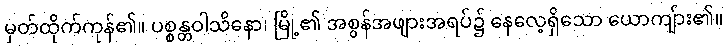
မှတ်ထိုက်ကုန်၏။ ပစ္စန္တဝါသိနော၊ မြို့၏ အစွန်အဖျားအရပ်၌ နေလေ့ရှိသော ယောကျ်ား၏။